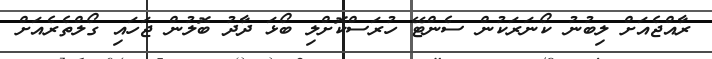
ރާއްޖެއަށް ލިބުނު ކޯނަރަކުން ސެންޓޭ ހުރަސްކޮށްލި ބޯޅަ ދާދު ބޮލުން ޖަހައި ގޯލްތެރެއަށް